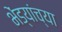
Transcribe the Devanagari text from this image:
भेंड्यांच्या